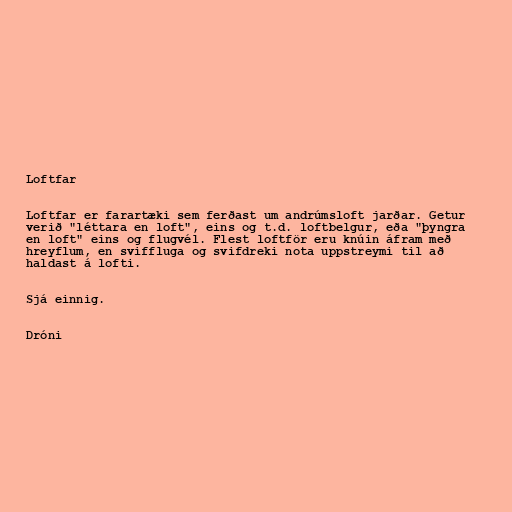
Loftfar

Loftfar er farartæki sem ferðast um andrúmsloft jarðar. Getur
verið "léttara en loft", eins og t.d. loftbelgur, eða "þyngra
en loft" eins og flugvél. Flest loftför eru knúin áfram með
hreyflum, en sviffluga og svifdreki nota uppstreymi til að
haldast á lofti.

Sjá einnig.

Dróni